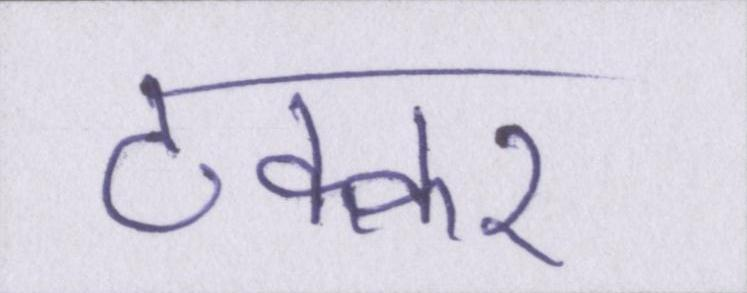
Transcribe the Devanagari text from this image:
टक्कर